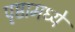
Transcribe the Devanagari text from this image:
पृष्ठामध्ये